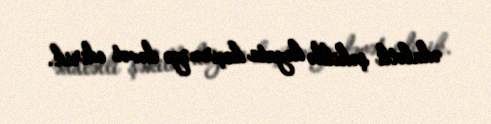
ədalətli şəkildə həyata keçirməyə dəvət edirik.